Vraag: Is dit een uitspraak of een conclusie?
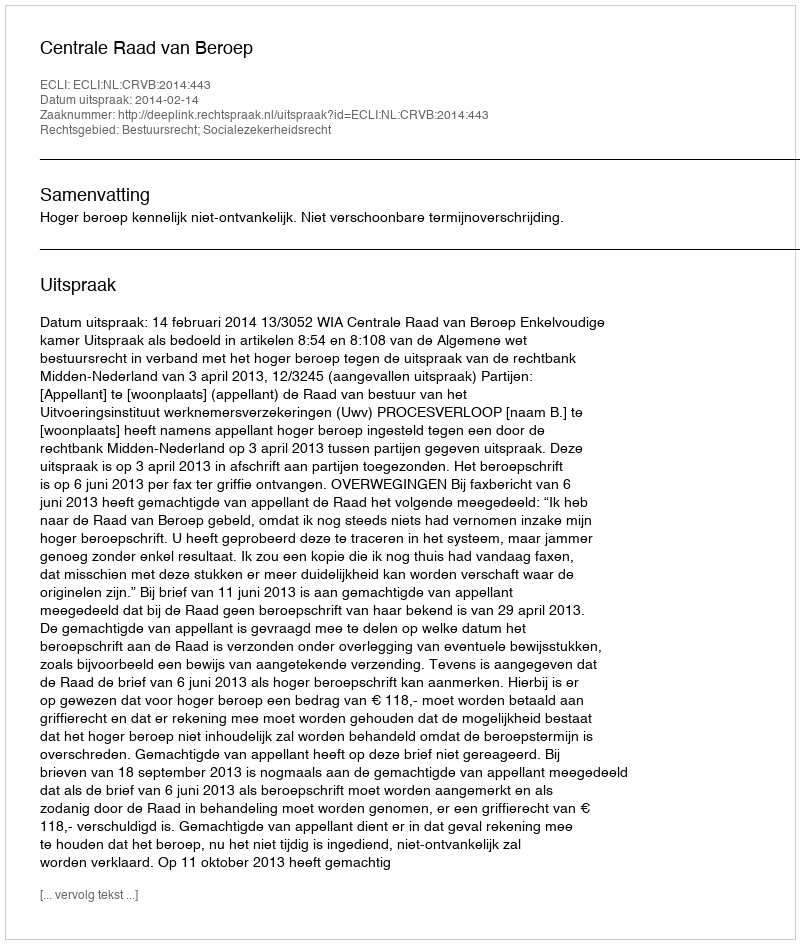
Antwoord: Uitspraak